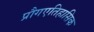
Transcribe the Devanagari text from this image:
प्रौगएतिहासिक